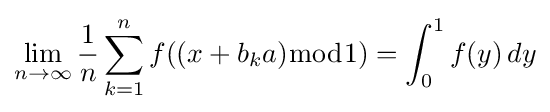
\lim _{n\to \infty }{\frac {1}{n}}\sum _{k=1}^{n}f((x+b_{k}a){\bmod {1}})=\int _{0}^{1}f(y)\,dy